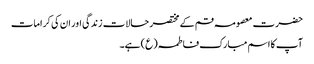
حضرت معصومہ قم کے مختصر حالات زندگی اور ان کی کرامات
آپ کا اسم مبارک فاطمہ(ع) ہے۔